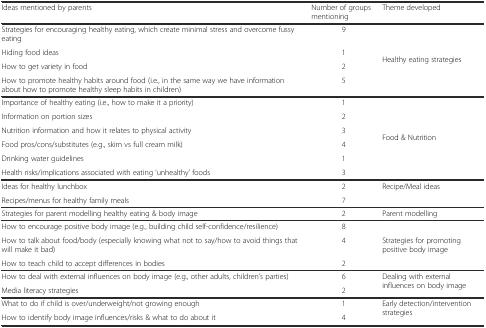
<table><thead><tr><td><b>Ideas mentioned by parents</b></td><td><b>Number of groups mentioning</b></td><td><b>Theme developed</b></td></tr></thead><tbody><tr><td>Strategies for encouraging healthy eating, which create minimal stress and overcome fussy eating</td><td>9</td><td rowspan="4">Healthy eating strategies</td></tr><tr><td>Hiding food ideas</td><td>1</td></tr><tr><td>How to get variety in food</td><td>2</td></tr><tr><td>How to promote healthy habits around food (i.e., in the same way we have information about how to promote healthy sleep habits in children)</td><td>5</td></tr><tr><td>Importance of healthy eating (i.e., how to make it a priority)</td><td>1</td><td rowspan="6">Food &amp; Nutrition</td></tr><tr><td>Information on portion sizes</td><td>2</td></tr><tr><td>Nutrition information and how it relates to physical activity</td><td>3</td></tr><tr><td>Food pros/cons/substitutes (e.g., skim vs full cream milk)</td><td>4</td></tr><tr><td>Drinking water guidelines</td><td>1</td></tr><tr><td>Health risks/implications associated with eating ‘unhealthy’ foods</td><td>3</td></tr><tr><td>Ideas for healthy lunchbox</td><td>2</td><td rowspan="2">Recipe/Meal ideas</td></tr><tr><td>Recipes/menus for healthy family meals</td><td>7</td></tr><tr><td>Strategies for parent modelling healthy eating &amp; body image</td><td>2</td><td>Parent modelling</td></tr><tr><td>How to encourage positive body image (e.g., building child self-confidence/resilience)</td><td>8</td><td rowspan="3">Strategies for promoting positive body image</td></tr><tr><td>How to talk about food/body (especially knowing what not to say/how to avoid things that will make it bad)</td><td>4</td></tr><tr><td>How to teach child to accept differences in bodies</td><td>2</td></tr><tr><td>How to deal with external influences on body image (e.g., other adults, children’s parties)</td><td>6</td><td rowspan="2">Dealing with external influences on body image</td></tr><tr><td>Media literacy strategies</td><td>2</td></tr><tr><td>What to do if child is over/underweight/not growing enough</td><td>1</td><td rowspan="2">Early detection/intervention strategies</td></tr><tr><td>How to identify body image influences/risks &amp; what to do about it</td><td>4</td></tr></tbody></table>